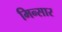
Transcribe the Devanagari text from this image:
मिन्सार